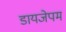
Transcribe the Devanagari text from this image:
डायजेपम